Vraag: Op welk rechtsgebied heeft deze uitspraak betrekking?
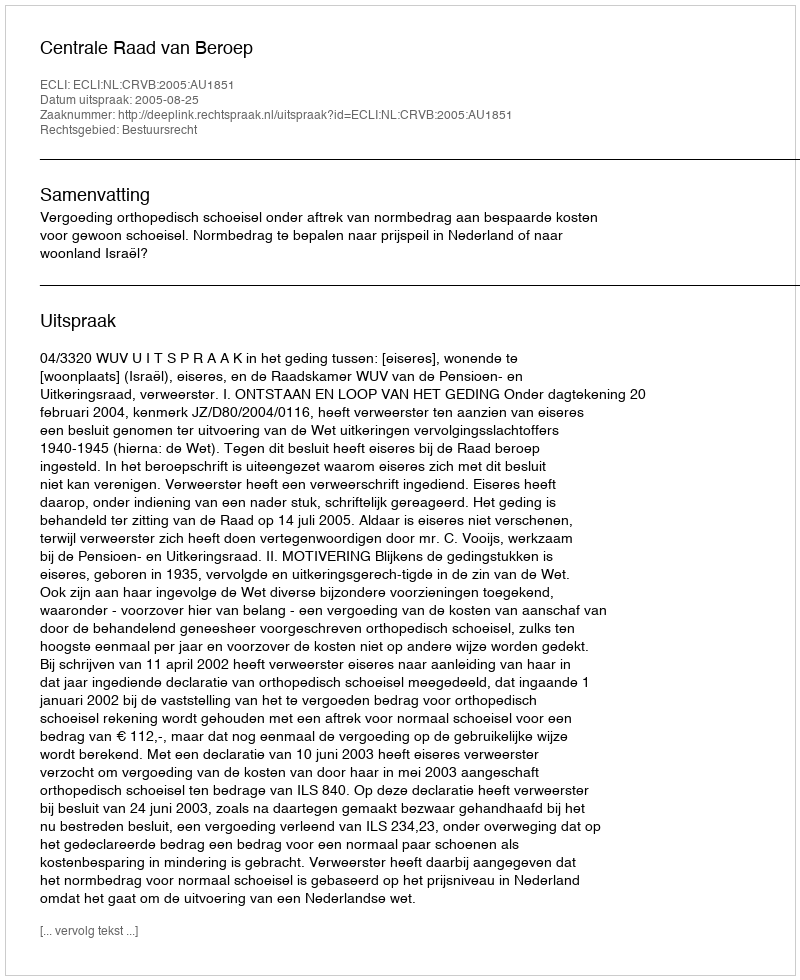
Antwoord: Bestuursrecht